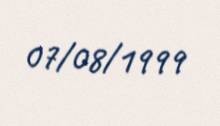
07/08/1999